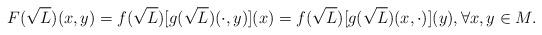
LaTeX: \begin{align*}F(\sqrt{L})(x, y)= f(\sqrt{L})[g(\sqrt{L})(\cdot, y)](x)= f(\sqrt{L})[g(\sqrt{L})(x,\cdot)](y),\forall x,y\in M.\end{align*}